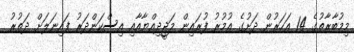
މިމުބާރާތުގެ 14 އަހަރުން ދަށުގެ އުމުރު ފުރައިން މަޖީދިއްޔާއާއި އިސްކަންދަރު ފައިނަލަށް ދަތުރު